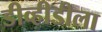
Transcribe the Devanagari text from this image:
डीव्हीडीला